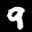
Label: 9